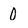
Character: 0